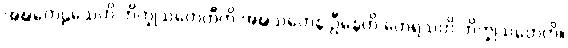
အဍ္ဎတေဠသေဟိ ဘိက္ခုသတေဟီတိ အဍ္ဎသတေန ဦနေဟိ တေရသဟိ ဘိက္ခုသတေဟိ။